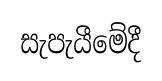
සැපැයීමේදී